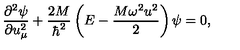
\frac { { \partial } ^ { 2 } \psi } { \partial u _ { \mu } ^ { 2 } } + \frac { 2 M } { \hbar ^ { 2 } } \left( E - \frac { M \omega ^ { 2 } u ^ { 2 } } { 2 } \right) \psi = 0 ,